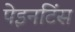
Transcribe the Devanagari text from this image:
पेइनटिंस